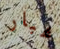
غبار